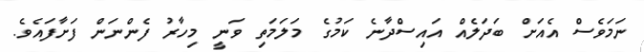
ނަމަވެސް އެއަށް ބަދަލެއް އައިސްދާނެ ކަމުގެ މަލަމަތި ވަނީ މިހާރު ފެންނަން ފަށާފައެވެ.